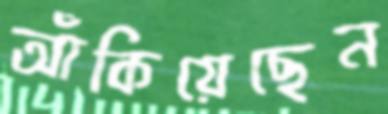
আঁকিয়েছেন